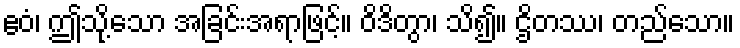
ဧဝံ၊ ဤသို့သော အခြင်းအရာဖြင့်။ ဝိဒိတွာ၊ သိ၍။ ဌိတဿ၊ တည်သော။